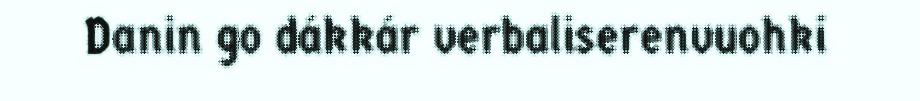
Danin go dákkár verbaliserenvuohki